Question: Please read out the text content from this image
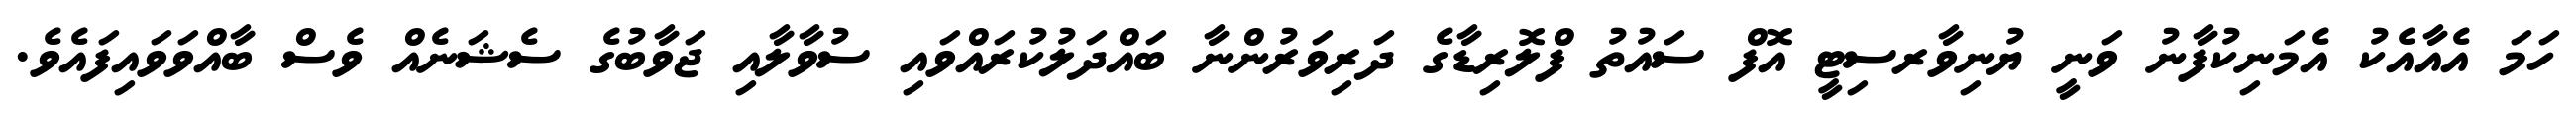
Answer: ހަމަ އެއާއެކު އެމަނިކުފާނު ވަނީ ޔުނިވާރސިޓީ އޮފް ސައުތު ފްލޮރިޑާގެ ދަރިވަރުންނާ ބައްދަލުކުރައްވައި ސުވާލާއި ޖަވާބުގެ ސެޝަނެއް ވެސް ބާއްވަވައިފައެވެ.